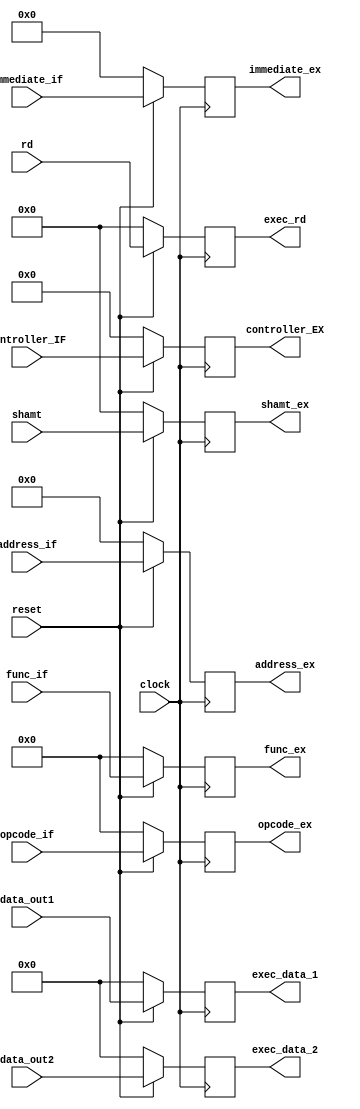
//Module to write ID_EX

module writeID_EX(
	input wire reset,
	input wire [7:0] controller_IF,
	input wire [5:0] func_if,
	input wire [5:0] opcode_if,
	input wire [4:0] shamt,
	input wire [31:0] data_out1,
	input wire [31:0] data_out2,
	input wire [4:0] rd,
	input wire [15:0] immediate_if,
	input wire [25:0] address_if,
	input wire clock,
	output reg [31:0] exec_data_1,
	output reg [31:0] exec_data_2,
	output reg [4:0] exec_rd,
	output reg [7:0] controller_EX,
	output reg [5:0] func_ex,
	output reg [5:0] opcode_ex,
	output reg [4:0] shamt_ex,
	output reg [15:0] immediate_ex,
	output reg [25:0] address_ex);
	
	always@(posedge clock) begin
		if(!reset) begin
			exec_data_1[31:0] <= 32'b0;
			exec_data_2[31:0] <= 32'b0;
			exec_rd[4:0] <= 5'b0;
			controller_EX[7:0] <= 8'b0;
			func_ex[5:0] <= 6'b0;
			shamt_ex[4:0] <= 5'b0;
			opcode_ex[5:0] <= 6'b0;
			immediate_ex[15:0] <= 16'b0;
			address_ex[25:0] <= 26'b0;
		end else begin
			exec_data_1[31:0] <= data_out1[31:0];
			exec_data_2[31:0] <= data_out2[31:0];
			exec_rd[4:0] <= rd[4:0];
			controller_EX[7:0] <= controller_IF[7:0];
			func_ex[5:0] <= func_if[5:0];
			shamt_ex[4:0] <= shamt[4:0];
			opcode_ex[5:0] <= opcode_if[5:0];
			immediate_ex[15:0] <= immediate_if[15:0];
			address_ex[25:0] <= address_if[25:0];
		end
	end
	
endmodule